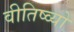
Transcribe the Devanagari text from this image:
वीतिष्व्यो